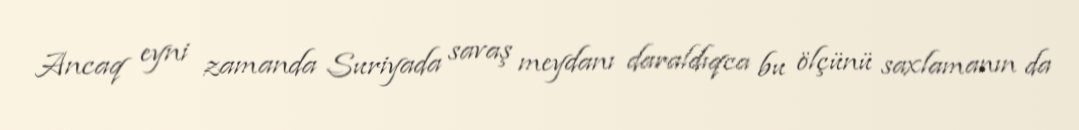
Ancaq eyni zamanda Suriyada savaş meydanı daraldıqca bu ölçünü saxlamanın da